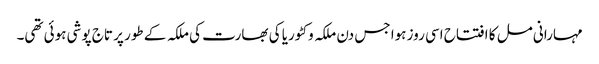
مہارانی مل کا افتتاح اسی روز ہوا جس دن ملکہ وکٹوریا کی بھارت کی ملکہ کے طور پر تاج پوشی ہوئی تھی۔